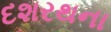
દશરથના